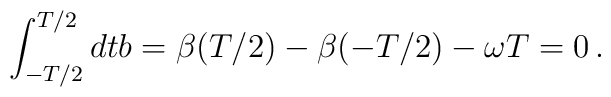
\int_{-T/2}^{T/2} dt b = \beta(T/2) - \beta(-T/2) - \omega T = 0 \,.